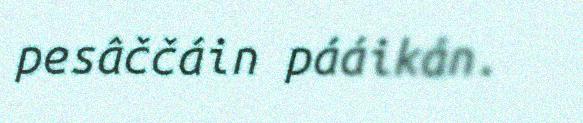
pesâččáin pááikán.